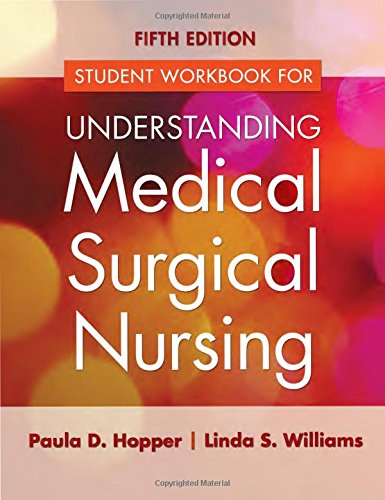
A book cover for Study Guide for Understanding Medical Surgical Nursing; Paula D. Hopper MSN  RN; Medical Books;